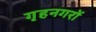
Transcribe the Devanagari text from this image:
गृहनगरों